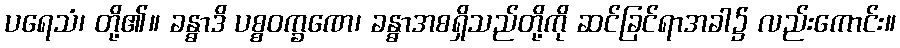
ပရေသံ၊ တို့၏။ ခန္ဓာဒိ ပစ္စဝက္ခဏေ၊ ခန္ဓာအစရှိသည်တို့ကို ဆင်ခြင်ရာအခါ၌ လည်းကောင်း။